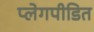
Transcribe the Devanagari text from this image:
प्लेगपीडित